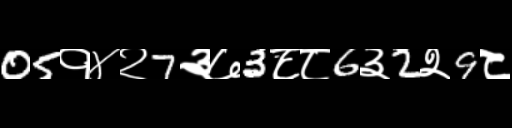
Text: 05१४२7३७3८८6३2२9८